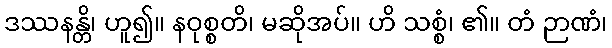
ဒဿနန္တိ၊ ဟူ၍။ နဝုစ္စတိ၊ မဆိုအပ်။ ဟိ သစ္စံ၊ ၏။ တံ ဉာဏံ၊